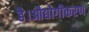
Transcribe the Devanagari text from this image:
है।औद्योगीकरण